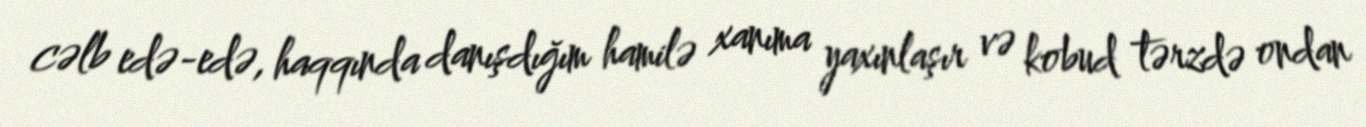
cəlb edə-edə, haqqında danışdığım hamilə xanıma yaxınlaşır və kobud tərzdə ondan